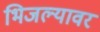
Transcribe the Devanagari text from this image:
भिजल्यावर